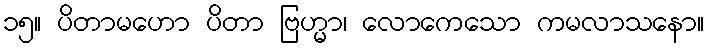
၁၅။ ပိတာမဟော ပိတာ ဗြဟ္မာ၊ လောကေသော ကမလာသနော။